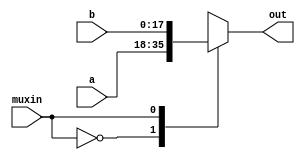
`timescale 1ns / 1ps
//////////////////////////////////////////////////////////////////////////////////
// Company: 
// Engineer: 
// 
// Design Name: 
// Module Name: multiplexer_2
// Project Name: 
// Target Devices: 
// Tool Versions: 
// Description: 
// 
// Dependencies: 
// 
// Revision:
// Revision 0.01 - File Created
// Additional Comments:
// 
//////////////////////////////////////////////////////////////////////////////////


module multiplexer_2(input wire muxin, input wire[17:0] a, input wire[17:0] b, output reg[17:0] out);
    always @(*)begin
        case (muxin)
            0: out = a;
            1: out = b;
        endcase
    end
endmodule